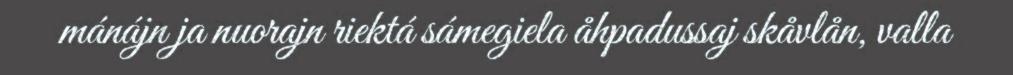
mánájn ja nuorajn riektá sámegiela åhpadussaj skåvlån, valla